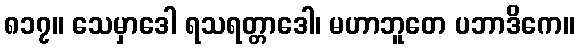
၈၁၇။ သေမှာဒေါ ရသရတ္တာဒေါ၊ မဟာဘူတေ ပဘာဒိကေ။